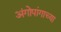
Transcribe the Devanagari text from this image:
अंगोपांगाच्या